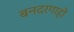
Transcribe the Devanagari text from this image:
बनदरगाहों